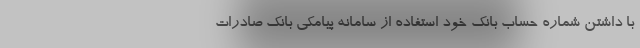
با داشتن شماره حساب بانک خود استفاده از سامانه پیامکی بانک صادرات